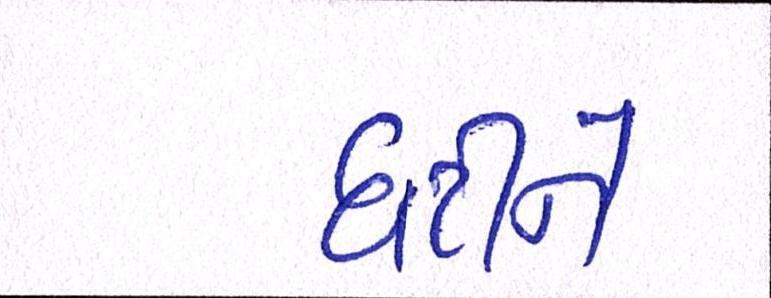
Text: ઘટીને